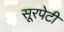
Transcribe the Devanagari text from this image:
सूरपेटी